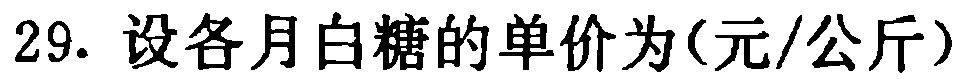
29. 设各月白糖的单价为(元/公斤)